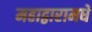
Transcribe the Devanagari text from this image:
महाद्वारामधे